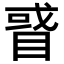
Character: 𥇙